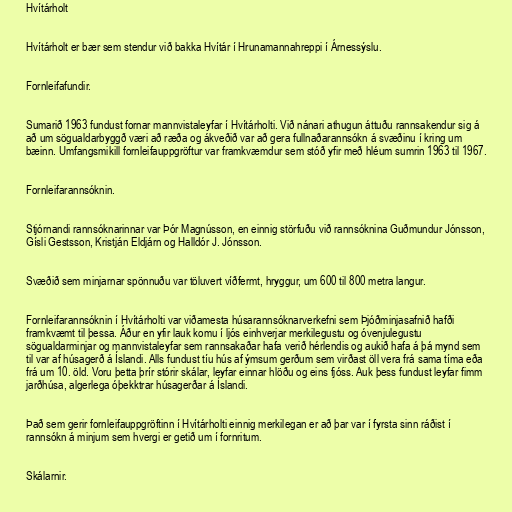
Hvítárholt

Hvítárholt er bær sem stendur við bakka Hvítár í Hrunamannahreppi í Árnessýslu.

Fornleifafundir.

Sumarið 1963 fundust fornar mannvistaleyfar í Hvítárholti. Við nánari athugun áttuðu rannsakendur sig á
að um sögualdarbyggð væri að ræða og ákveðið var að gera fullnaðarannsókn á svæðinu í kring um
bæinn. Umfangsmikill fornleifauppgröftur var framkvæmdur sem stóð yfir með hléum sumrin 1963 til 1967.

Fornleifarannsóknin.

Stjórnandi rannsóknarinnar var Þór Magnússon, en einnig störfuðu við rannsóknina Guðmundur Jónsson,
Gísli Gestsson, Kristján Eldjárn og Halldór J. Jónsson.

Svæðið sem minjarnar spönnuðu var töluvert víðfermt, hryggur, um 600 til 800 metra langur.

Fornleifarannsóknin í Hvítárholti var viðamesta húsarannsóknarverkefni sem Þjóðminjasafnið hafði
framkvæmt til þessa. Áður en yfir lauk komu í ljós einhverjar merkilegustu og óvenjulegustu
sögualdarminjar og mannvistaleyfar sem rannsakaðar hafa verið hérlendis og aukið hafa á þá mynd sem
til var af húsagerð á Íslandi. Alls fundust tíu hús af ýmsum gerðum sem virðast öll vera frá sama tíma eða
frá um 10. öld. Voru þetta þrír stórir skálar, leyfar einnar hlöðu og eins fjóss. Auk þess fundust leyfar fimm
jarðhúsa, algerlega óþekktrar húsagerðar á Íslandi.

Það sem gerir fornleifauppgröftinn í Hvítárholti einnig merkilegan er að þar var í fyrsta sinn ráðist í
rannsókn á minjum sem hvergi er getið um í fornritum.

Skálarnir.